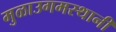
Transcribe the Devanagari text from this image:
मुळाउगमस्थानी